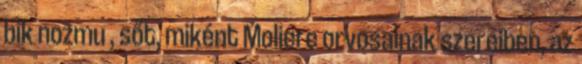
bik nozmu , sőt, miként Moliere orvosainak szereiben, az